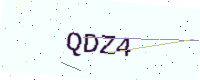
Text: QDZ4